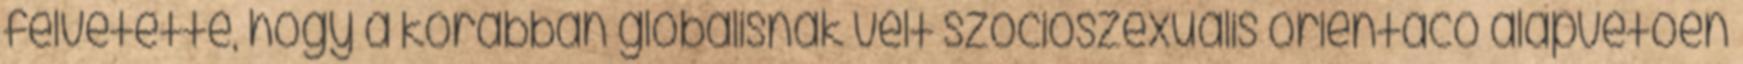
felvetette, hogy a korábban globálisnak vélt szocioszexuális orientácó alapvetően